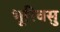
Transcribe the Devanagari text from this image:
भूरिवसु